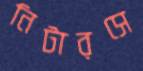
নিটারসে